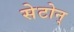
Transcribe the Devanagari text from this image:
सेटोन्